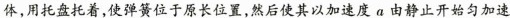
体，用托盘托着，使弹簧位于原长位置，然后使其以加速度a由静止开始匀加速